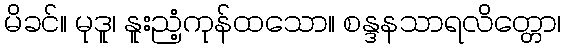
မိခင်။ မုဒူ၊ နူးညံ့ကုန်ထသော။ စန္ဒနသာရလိတ္တော၊